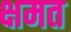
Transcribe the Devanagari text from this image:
क्षमत